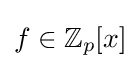
f\in \mathbb {Z} _{p}[x]